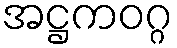
အဋ္ဌကဝဂ္ဂ